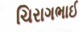
ચિરાગભાઈ